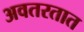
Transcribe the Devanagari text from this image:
अवतरतात